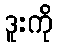
ဒူးကို